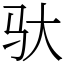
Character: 驮